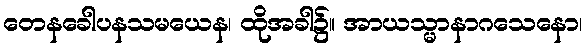
တေနခေါပနသမယေန၊ ထိုအခါ၌။ အာယသ္မာနာဂသေနော၊